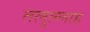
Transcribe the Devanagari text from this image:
तलुल्लाह